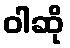
ဝါဆို